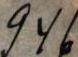
946